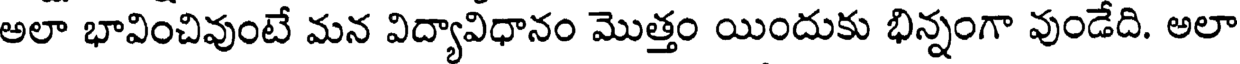
అలా భావించివుంటే మన విద్యావిధానం మొత్తం యిందుకు భిన్నంగా వుండేది. అలా